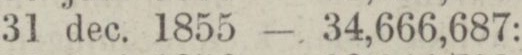
„ 31 dec. 1855 — 34,666,687: —